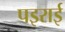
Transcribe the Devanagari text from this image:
पइराई